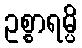
ဥစ္စာရမ္ပိ